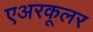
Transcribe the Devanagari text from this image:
एअरकूलर